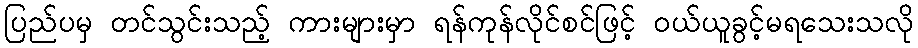
ပြည်ပမှ တင်သွင်းသည့် ကားများမှာ ရန်ကုန်လိုင်စင်ဖြင့် ဝယ်ယူခွင့်မရသေးသလို